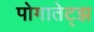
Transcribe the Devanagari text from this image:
पोगातेट्झ